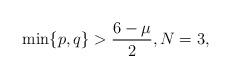
LaTeX: \begin{align*}\min\{p,q\}>\frac{6-\mu}{2},N=3,\end{align*}